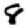
Digit: 8